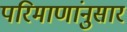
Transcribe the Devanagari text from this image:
परिमाणांनुसार